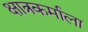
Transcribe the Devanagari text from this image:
क्षात्रकर्माला